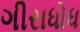
ગીરાધોધ